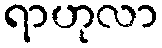
ရာဟုလာ